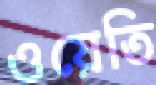
ওয়েতি